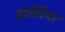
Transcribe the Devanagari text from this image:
वॉलेंटियर